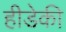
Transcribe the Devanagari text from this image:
हीडेकी